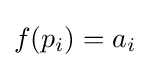
f(p_{i})=a_{i}